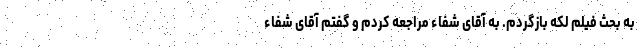
به بحث فیلم لکه بازگردم. به آقای شفاء مراجعه کردم و گفتم آقای شفاء